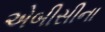
એબીસીના